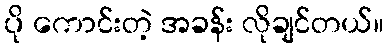
ပို ကောင်းတဲ့ အခန်း လိုချင်တယ်။